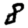
Digit: 8